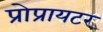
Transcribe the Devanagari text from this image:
प्रोप्रायटर